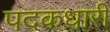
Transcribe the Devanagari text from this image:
पदकधारी